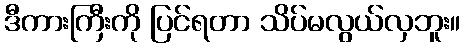
ဒီကားကြီးကို ပြင်ရတာ သိပ်မလွယ်လှဘူး။